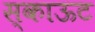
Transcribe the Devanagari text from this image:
स्काऊट